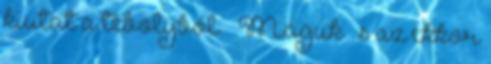
kiutat a tébolyból. – Maguk – s az ekkor